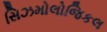
સિઝમોલોજિકલ